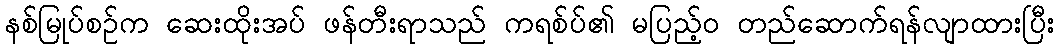
နစ်မြုပ်စဉ်က ဆေးထိုးအပ် ဖန်တီးရာသည် ကရစ်ပ်၏ မပြည့်ဝ တည်ဆောက်ရန်လျာထားပြီး